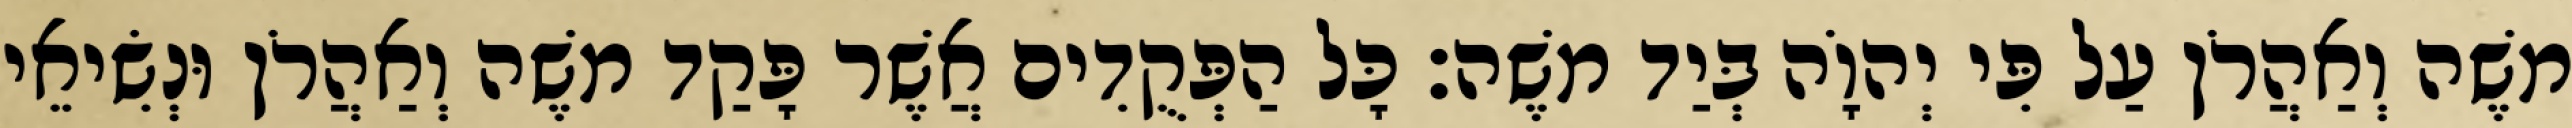
משֶׁה וְאַהֲרֹן עַל פִּי יְהוָֹה בְּיַד משֶׁה׃ כָּל הַפְּקֻדִים אֲשֶׁר פָּקַד משֶׁה וְאַהֲרֹן וּנְשִׂיאֵי